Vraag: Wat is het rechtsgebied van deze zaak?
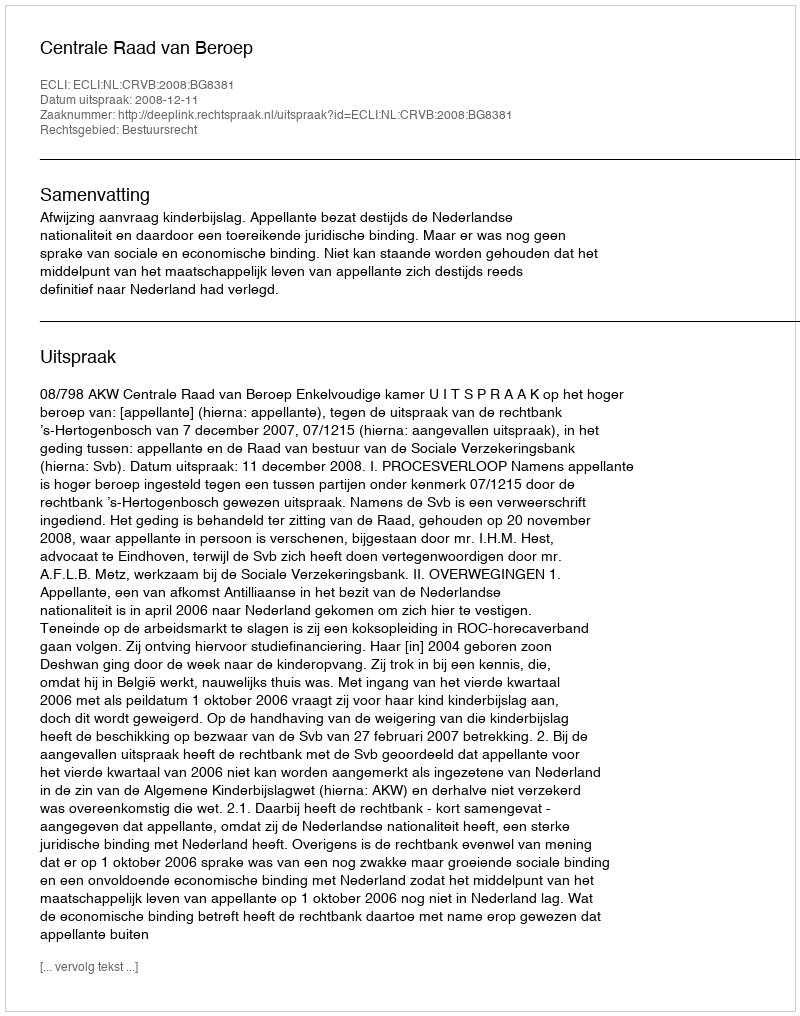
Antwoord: Bestuursrecht